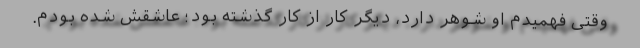
وقتی فهمیدم او شوهر دارد، دیگر کار از کار گذشته بود؛ عاشقش شده بودم.